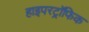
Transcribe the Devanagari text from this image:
हाइपरट्रॉफिक